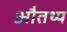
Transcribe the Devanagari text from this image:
औतथ्य